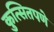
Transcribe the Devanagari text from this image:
कुत्सितपणे